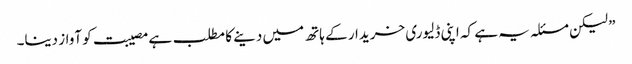
” لیکن مسئلہ یہ ہے کہ اپنی ڈلیوری خریدار کے ہاتھ میں دینے کا مطلب ہے مصیبت کو آواز دینا۔